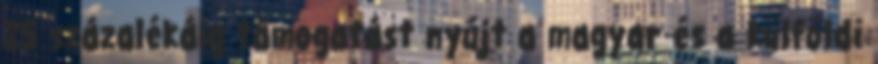
25 százalékáig támogatást nyújt a magyar és a külföldi